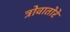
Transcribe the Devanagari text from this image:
त्रोवातोरे